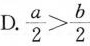
D.$$\frac{ a }{ 2 } > \frac{ b }{ 2 }$$